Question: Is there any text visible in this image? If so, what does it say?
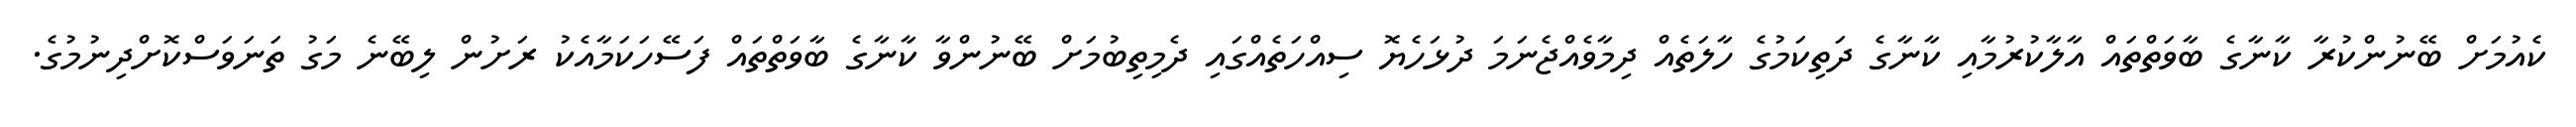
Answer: ކެއުމަށް ބޭނުންކުރާ ކާނާގެ ބާވަތްތައް އާލާކުރުމާއި ކާނާގެ ދަތިކަމުގެ ހާލަތެއް ދިމާވެއްޖެނަމަ ދުޅަހެޔޮ ސިއްހަތެއްގައި ދެމިތިބުމަށް ބޭނުންވާ ކާނާގެ ބާވަތްތައް ފަސޭހަކަމާއެކު ރަށުން ލިބޭނެ މަގު ތަނަވަސްކޮށްދިނުމުގެ.